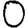
Digit: 0